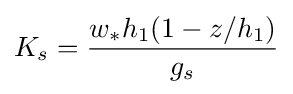
K_{s}={\frac {w_{*}h_{1}(1-z/h_{1})}{g_{s}}}